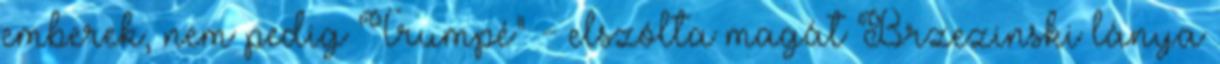
emberek, nem pedig Trumpé" - elszólta magát Brzezinski lánya